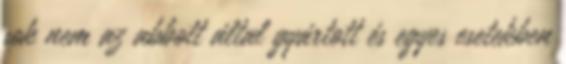
sok nem az abbott által gyártott és egyes esetekben